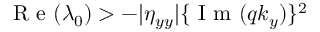
\mathrm { ~ R ~ e ~ } ( \lambda _ { 0 } ) > - | \eta _ { y y } | \{ \mathrm { ~ I ~ m ~ } ( q k _ { y } ) \} ^ { 2 }